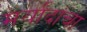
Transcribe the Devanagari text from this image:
मर्यांदांचा